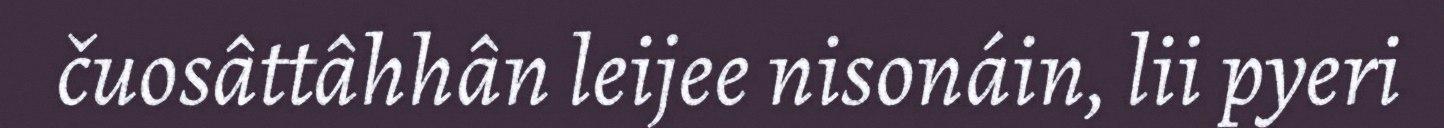
čuosâttâhhân leijee nisonáin, lii pyeri